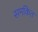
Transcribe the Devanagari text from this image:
समकित